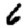
Digit: 6